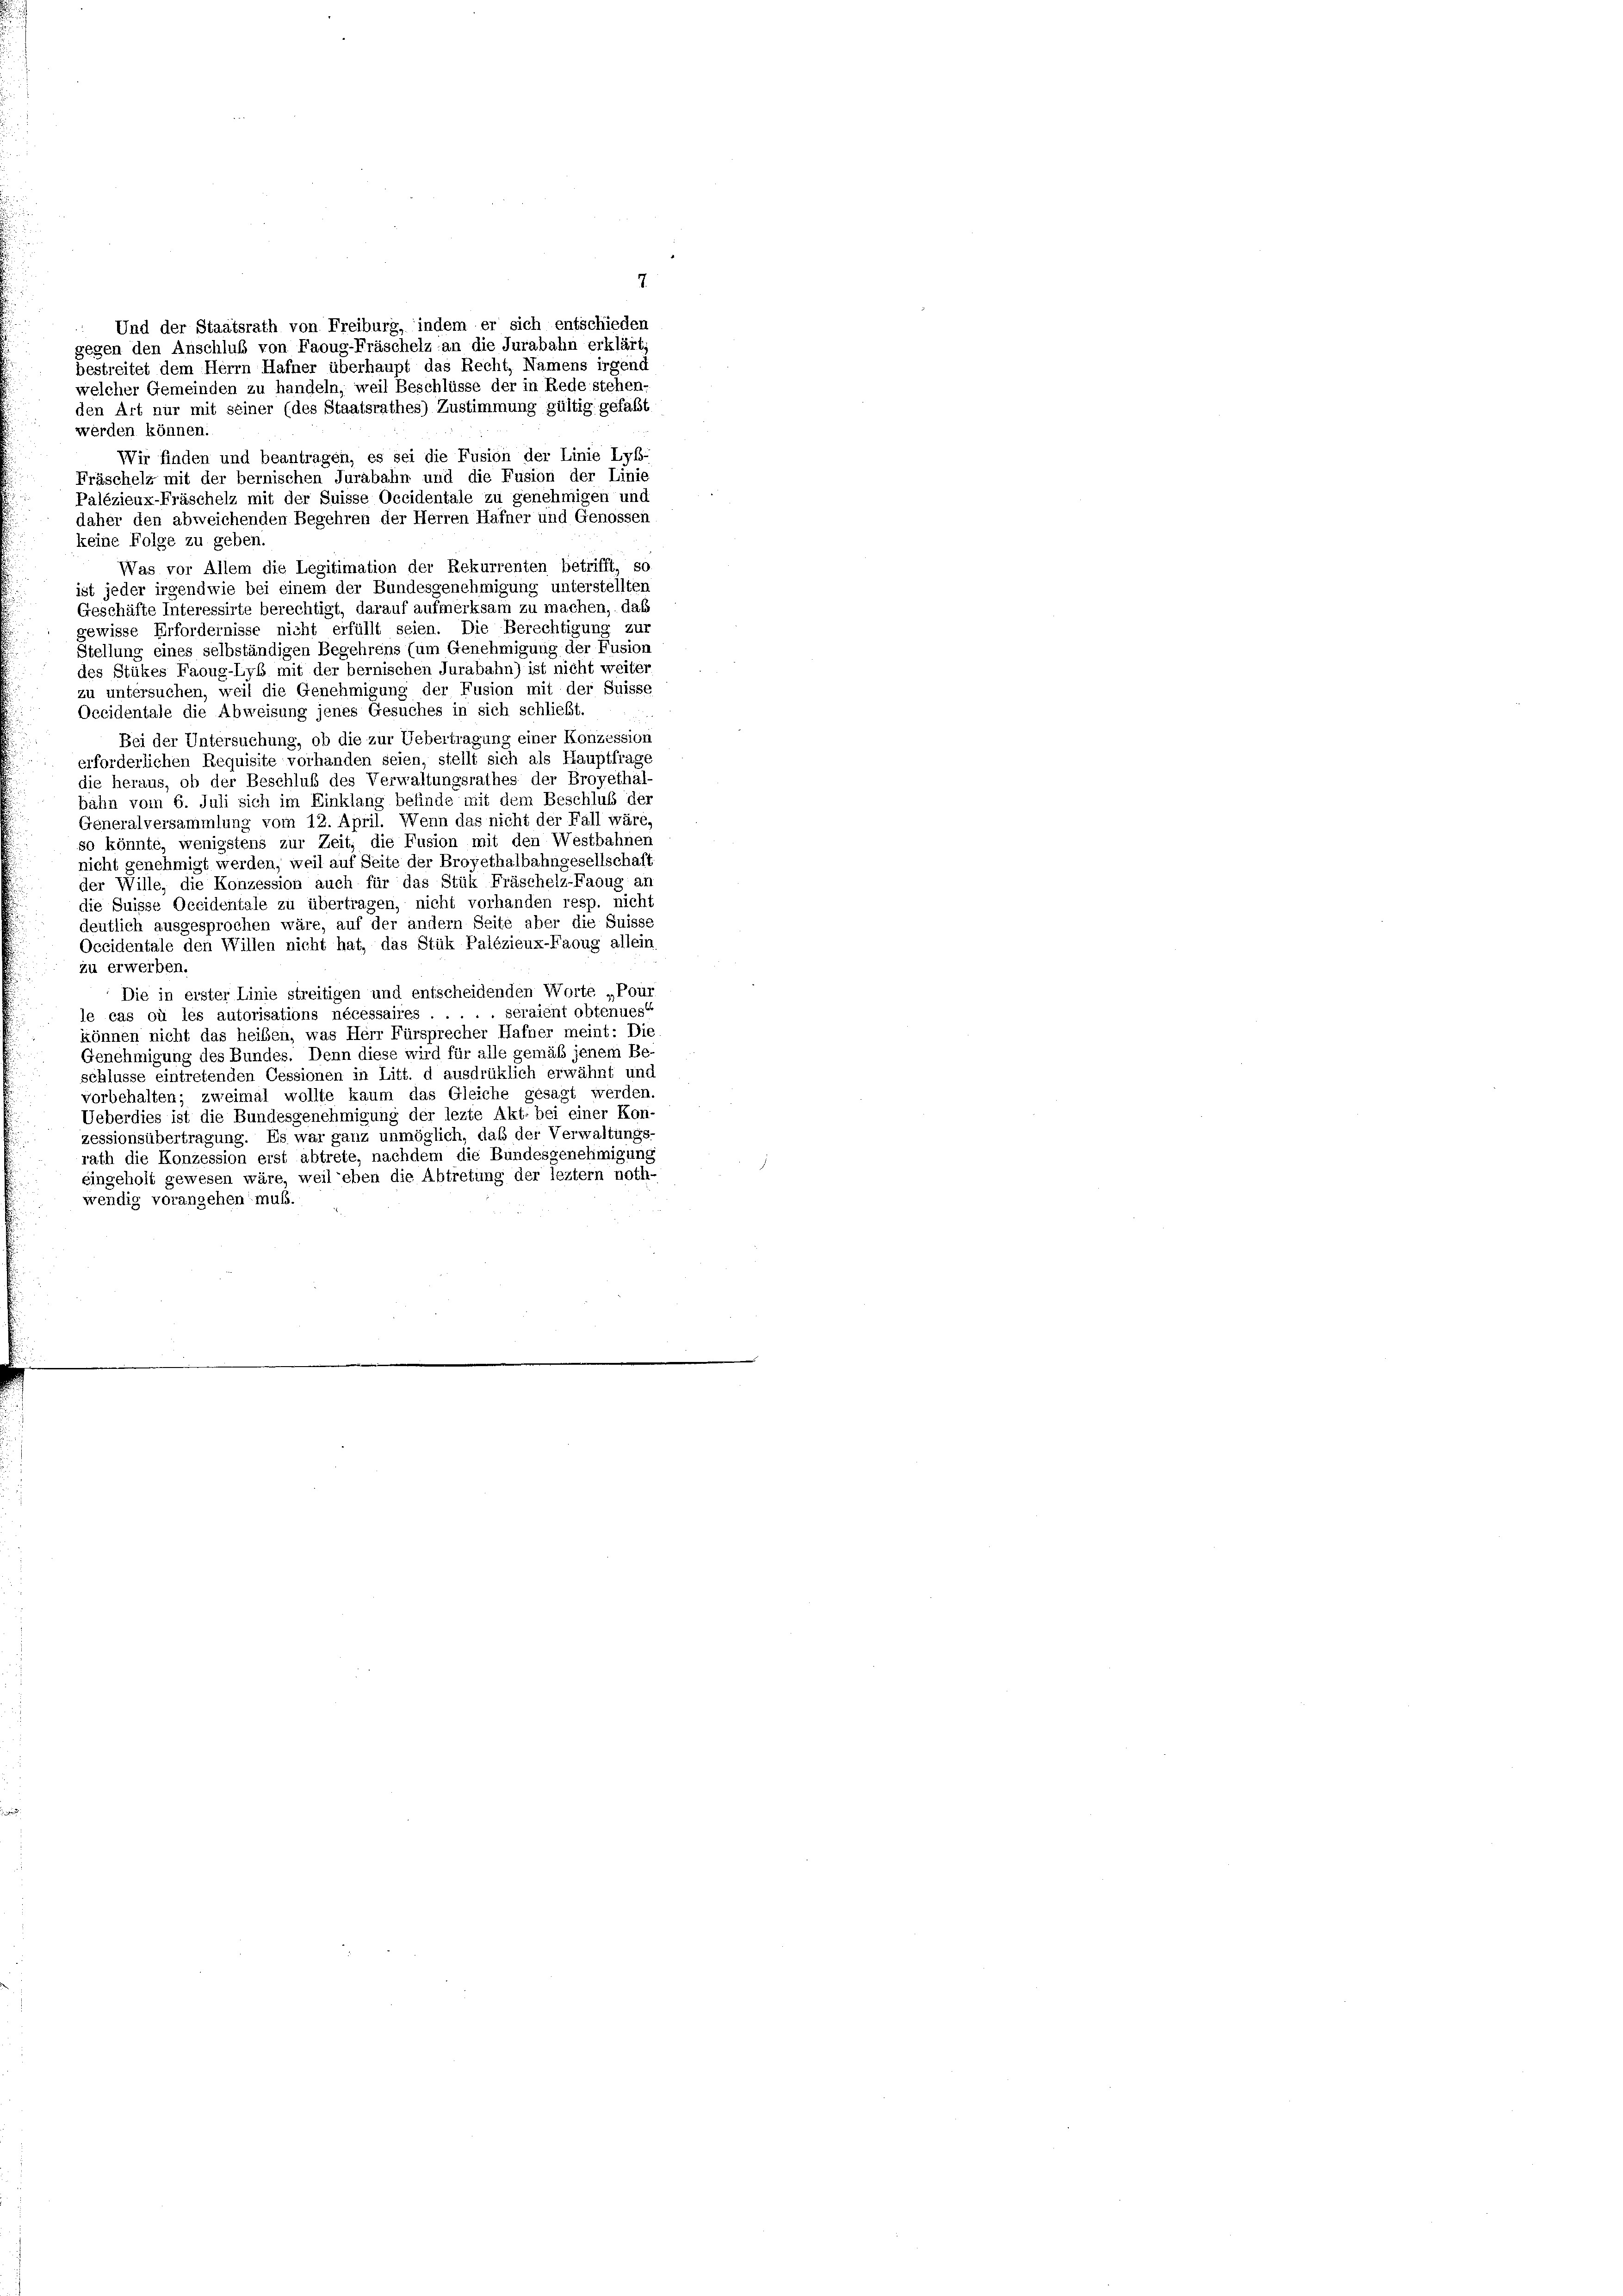
Fräschel« mit der bernischen Jurabahn und die Fusion der Linie
Palézieux-Fräschelz mit der Suisse Occidentale zu genehmigen und
daher den abweichenden Begehren der Herren Hafner und Genossen
keine Folge zu geben.
Was vor Allem die Legitimation der Rekurrenten betrifft, so
ist jeder irgendwie bei einem der Bundesgenehmigung unterstellten
Geschäfte Interessirte berechtigt, darauf aufmerksam zu machen, daß
gewisse Erfordernisse nicht erfüllt seien. Die Berechtigung zur
Stellung eines selbständigen Begehrens (um Genehmigung der Fusion
des Stükes Faoug-Lyb mit der bernischen Jurabahn) ist nicht weiter
zu untersuchen, weil die Genehmigung der Fusion mit der Suisse
Occidentale die Abweisung jenes Gesuches in sich schließt.
Bei der Untersuchung, ob die zur Uebertragung einer Konzession
erforderlichen Requisite vorhanden seien, stellt sich als Hauptfrage
die heraus, ob der Beschluß des Verwaltungsrathes der Broyethal
bahn vom 6. Juli sich im Einklang befinde mit dem Beschluß der
Generalversammlung vom 12. April. Wenn das nicht der Fall wäre
so könnte, wenigstens zur Zeit, die Fusion mit den Westbahnen
nicht genehmigt werden, weil auf Seite der Broyethalbahngesellschaff
der Wille, die Konzession auch für das Stük Fräschelz-Faoug an
die Suisse Occidentale zu übertragen, nicht vorhanden resp. nicht
deutlich ausgesprochen wäre, auf der andern Seite aber die Suiss,
Occidentale den Willen nicht hat, das Stük Palézieux-Faoug allein
zu erwerben.
Die in erster Linie streitigen und entscheidenden Worte „Pour
le cas où les autorisations nécessaires . . . . . seraient obtenues“
können nicht das heiben, was Herr Fürsprecher Hafner meint: Die
Genehmigung des Bundes. Denn diese wird für alle gemäß jenem Be
schlüsse eintretenden Cessionen in Litt. d ausdrüklich erwähnt und
vorbehalten; zweimal wollte kaum das Gleiche gesagt werden.
Ueberdies ist die Bundesgenehmigung der lezte Akt. bei einer Kon-
zessionsübertragung. Es war ganz unmöglich, daß der Verwaltungs-
rath die Konzession erst abtrete, nachdem die Bundesgenehmigung
eingeholt gewesen wäre, weil eben die Abtretung der leztem noth-
wendig vorangehen muß.

Und der Staatsrath von Freiburg, indem er sich entschieden
gegen den Anschluß von Faoug-Fräschelz an die Jurabahn erklärt,
bestreitet dem Herrn Hafner überhaupt das Recht, Namens irgend
welcher Gemeinden zu handeln, weil Beschlüsse der in Rede stehen,
den Art nur mit seiner (des Staatsrathes) Zustimmung gültig gefaßt
werden können.
Wir finden und beantragen, es sei die Fusion der Linie Lyb-

7